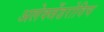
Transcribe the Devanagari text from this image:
अलेक्जेंडरोविच